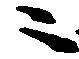
ニ